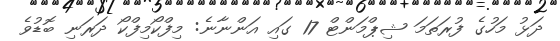
ދަޅު މަހުގެ ފުރަތަމަ ޝިޕްމަންޓް 17 ގައި އަންނާނެ: މިފްކޯމިފްކޯ ދަރަނި ބޮޑުވެ